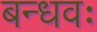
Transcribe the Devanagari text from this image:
बन्धवः